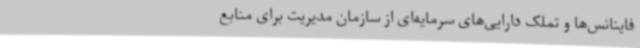
فاینانس‌ها و تملک دارایی‌های سرمایه‌ای از سازمان مدیریت برای منابع